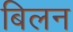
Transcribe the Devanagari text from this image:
बिलन